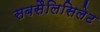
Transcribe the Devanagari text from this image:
सबसैलिसिलेट